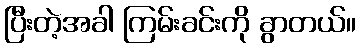
ပြီးတဲ့အခါ ကြမ်းခင်းကို ခွာတယ်။